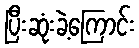
ပြီးဆုံးခဲ့ကြောင်း